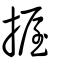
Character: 握